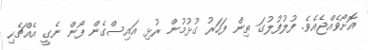
އޮށޯވެއްޖެއެވެ. ފުލުފުލުގަ ތިން ފަހަރު ގުޅުމުން ރުޅި އައިސްގެން ފޯން ނެގީ އެއްޗެހި